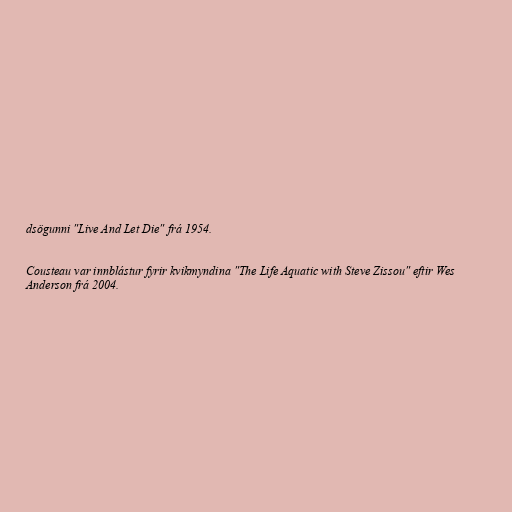
dsögunni "Live And Let Die" frá 1954.

Cousteau var innblástur fyrir kvikmyndina "The Life Aquatic with Steve Zissou" eftir Wes
Anderson frá 2004.